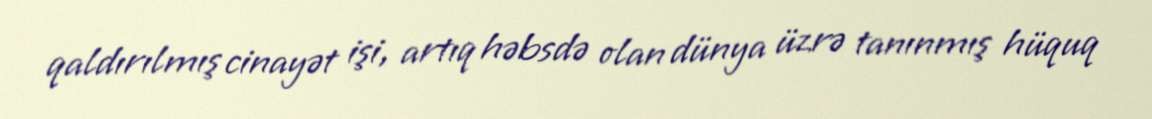
qaldırılmış cinayət işi, artıq həbsdə olan dünya üzrə tanınmış hüquq